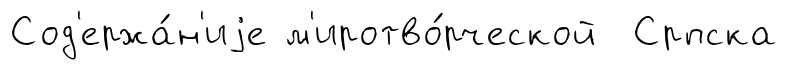
Сод'ержа́н'иjе м'иротво́рческой Српска